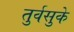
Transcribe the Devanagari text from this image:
तुर्वसुके